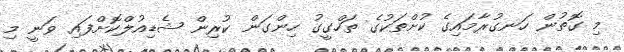
މި ގޮތުން ހަނގުރާމައިގެ ކުށްތަކުގެ ތަހްގީގު ހިންގަން ކުރިން ޝެޑިއުލްކޮށްފައި ވަނީ މި